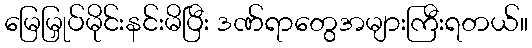
မြေမြှုပ်မိုင်းနင်းမိပြီး ဒဏ်ရာတွေအများကြီးရတယ်။